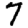
Digit: 7